Civil Veterinary Department Bihar reports 1940-50 - 1940-1950
Year: 1940
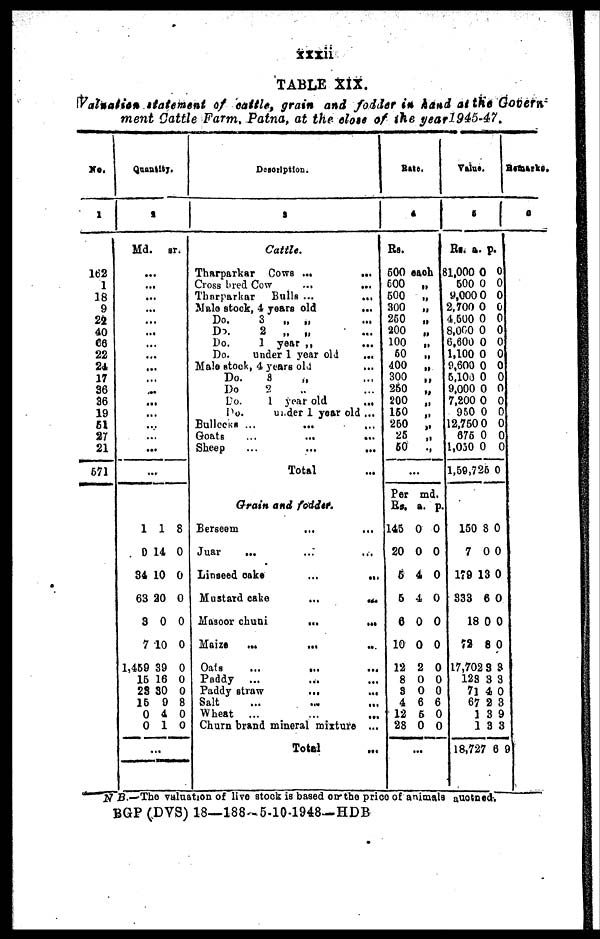
xxxii
TABLE XIX.
Valuation statement of cattle, grain and fodder in hand at the Govern
ment Cattle Farm, Patna, at the close of the yearl945-47.
No.
1
162
1
18
9
22
40
66
22
24
17
36
36
19
51
27
21
571
Quan
2
Md.
..
...
...
...
...
...
...
...
..
...
...
...
...
...
.
..
.
1
0
34
63
3
7
1,459
15
28
15
0
0
tity.
sr.
.
.
..
.
..
1
14
10
20
0
10
39
16
30
9
4
1
...
8
0
0
0
0
0
0
0
0
8
0
0
Description.
9
Cattle.
Tharparkar Cows ...
...
Cross bred Cow
...
...
Tharparkar
Bulls ...
...
Male stock, 4 years old
...
Do.
3
„ „ ...
Do.
2 „ „ ...
Do.
1 year „ ...
Do.
under 1 year old
...
Male stock, 4 years old ...
Do.
8
„ ...
Do
2
Do.
1 year old
...
Do.
under 1 year old ...
Bullocks ...
... ...
Goats
...
...
...
Sheep
Total ...
Grain and fodder.
Berseem ... ...
Juar
... ... ...
Linseed
cake
...
...
Mustard cake
...
...
Masoor chuni
...
...
Maize
...
...
...
Oats
...
...
...
Paddy ... ... ...
Paddy straw
...
...
Salt ... ... ...
Wheat ... ... ...
Churn brand mineral mixture ...
Total ...
Rate.
4
Rs.
500 each
500 „
500 „
300 „
250 „
200 „
100 „
50
„
400
„
300
„
250
„
200 „
150 „
250 „
25
„
50
.,
...
Per md.
Rs. a. p.
145 0 0
20 0 0
5 4 0
5 4 0
6 0 0
10 0 0
12 2 0
8 0 0
8 0 0
4 6 6
12 6 0
28 0 0
...
Value.
5
Rs.
81,000
5000
9,000
2,700
4,500
8,000
6,600
1,100
9,600
5,100
9,000
7,200
950
12,750
675
1,030
1,59,725
150
7
179 1
833
18
72
17,702
123
7l
67
1
1
18,727
a.
0
0
0
0
0
0
0
0
0
0
0
0
0
0
0
0
8
0
3
6
0
8
3
3
4
2
3
3
6
p.
0
0
0
0
0
0
0
0
0
0
0
0
0
0
0
0
0
0
0
0
0
0
0
3
3
0
3
9
3
9
Remarks
6
N B.—The valuation of live stock is based on the price of animals auctned,
BGP (DVS) 18—188-5-10-1948—HDB